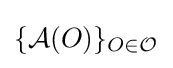
\{{\mathcal {A}}(O)\}_{O\in {\mathcal {O}}}